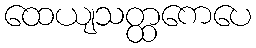
ထေယျသတ္ထကေပေ